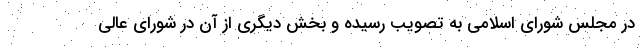
در مجلس شورای اسلامی به تصویب رسیده و بخش دیگری از آن در شورای عالی